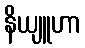
နိယျူဟာ